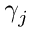
\gamma _ { j }